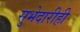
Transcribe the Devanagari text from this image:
सुभेदारीही